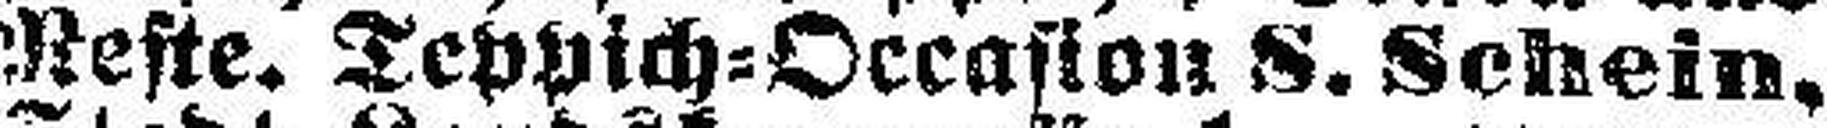
Reste. Teppich=Occasion S. Schein,